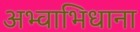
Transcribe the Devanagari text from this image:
अभ्वाभिधाना